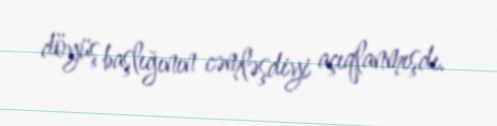
döyüş başlığının cəmləşdiyi açıqlanmışdı.